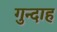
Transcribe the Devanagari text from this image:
गुन्दाह